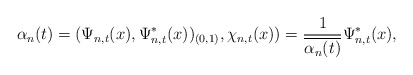
\begin{align*}\alpha_{n}(t)=(\Psi_{n,t}(x),\Psi_{n,t}^{\ast}(x))_{(0,1)},\chi_{n,t}(x))=\frac{1}{\overline{\alpha_{n}(t)}}\Psi_{n,t}^{\ast}(x),\end{align*}